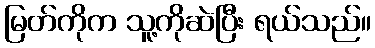
မြတ်ကိုက သူ့ကိုဆဲပြီး ရယ်သည်။